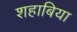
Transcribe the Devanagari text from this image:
शहाबिया